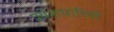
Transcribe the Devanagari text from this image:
प्रवेशधारियों